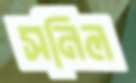
সনিল